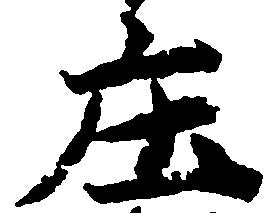
庄